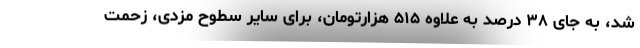
شد، به جای ۳۸ درصد به علاوه ۵۱۵ هزارتومان، برای سایر سطوح مزدی، زحمت